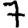
Digit: 7